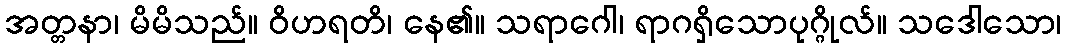
အတ္တနာ၊ မိမိသည်။ ဝိဟရတိ၊ နေ၏။ သရာဂေါ၊ ရာဂရှိသောပုဂ္ဂိုလ်။ သဒေါသော၊